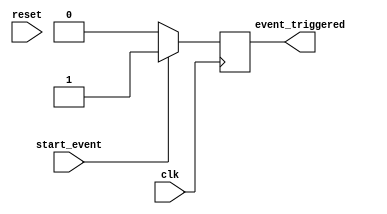
module event_timer(
    input wire clk,
    input wire start_event,
    input wire reset,
    output reg event_triggered
);

reg [31:0] counter;

always @(posedge clk or posedge reset) begin
    if (reset) begin
        counter <= 0;
    end else begin
        counter <= counter + 1;
    end
end

always @(posedge clk) begin
    if (start_event) begin
        event_triggered <= 1;
    end else begin
        event_triggered <= 0;
    end
end

endmodule